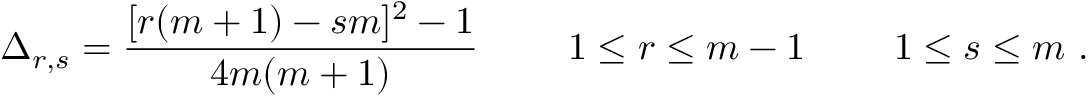
\Delta _ { r , s } = { \frac { [ r ( m + 1 ) - s m ] ^ { 2 } - 1 } { 4 m ( m + 1 ) } } \ \qquad 1 \leq r \leq m - 1 \ \qquad 1 \leq s \leq m \ .